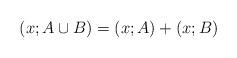
LaTeX: \begin{align*}\left(x; A\cup B \right)=\left(x; A\right)+\left(x; B\right) \end{align*}